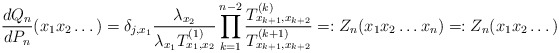
\begin{align*}\frac{dQ_n}{dP_n}(x_1x_2\dots)=\delta_{j,x_1}\frac{\lambda_{x_2}}{\lambda_{x_1}T_{x_1,x_2}^{(1)}}\prod_{k=1}^{n-2}\frac{T_{x_{k+1},x_{k+2}}^{(k)}}{T_{x_{k+1},x_{k+2}}^{(k+1)}}=:Z_n(x_1x_2\dots x_n)=:Z_n(x_1x_2\dots)\end{align*}